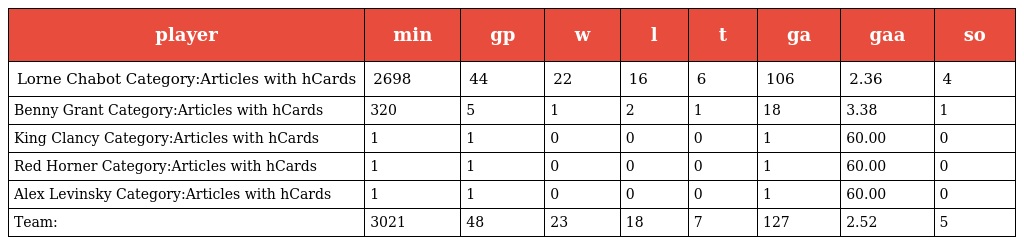
| player | min | gp | w | l | t | ga | gaa | so |
 | --- | --- | --- | --- | --- | --- | --- | --- | --- |
 | Lorne Chabot Category:Articles with hCards | 2698 | 44 | 22 | 16 | 6 | 106 | 2.36 | 4 |
 | Benny Grant Category:Articles with hCards | 320 | 5 | 1 | 2 | 1 | 18 | 3.38 | 1 |
 | King Clancy Category:Articles with hCards | 1 | 1 | 0 | 0 | 0 | 1 | 60.00 | 0 |
 | Red Horner Category:Articles with hCards | 1 | 1 | 0 | 0 | 0 | 1 | 60.00 | 0 |
 | Alex Levinsky Category:Articles with hCards | 1 | 1 | 0 | 0 | 0 | 1 | 60.00 | 0 |
 | Team: | 3021 | 48 | 23 | 18 | 7 | 127 | 2.52 | 5 |